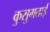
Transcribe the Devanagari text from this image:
कुसुमताई